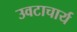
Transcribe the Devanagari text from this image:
उवटाचार्य